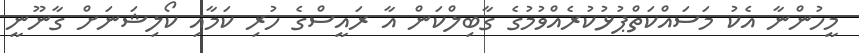
މީހުންނާ އެކު މަސައްކަތްޕުޅުކުރެއްވުމުގެ ގާބިލްކަން އާ ރައީސްގެ ހުރި ކަމާއި ކޯލިޝަނަށް ގާނޫނީ